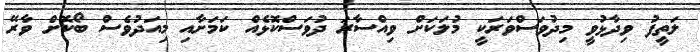
ލަތީފު ވިދާޅުވީ މިދުވަސްވަރަކީ މުލަކަށް ވިއްސާރަ ދުވަސްކޮޅެއް ކަމަށާއި މިއަދުވެސް ބޯކޮށް ވާރޭ